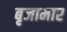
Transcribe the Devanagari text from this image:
बृजामार